Vaccination in the Punjab 1905-1918 - 1905-1918
Year: 1905
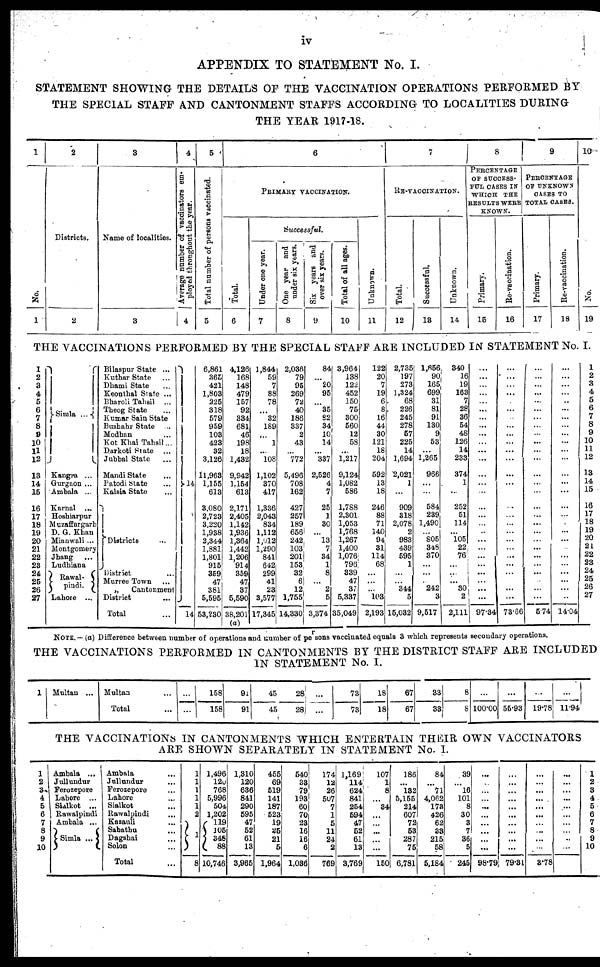
iv
APPENDIX TO STATEMENT No. I.
STATEMENT SHOWING THE DETAILS OF THE VACCINATION OPERATIONS PERFORMED BY
THE SPECIAL STAFF AND CANTONMENT STAFFS ACCORDING TO LOCALITIES DURING
THE YEAR 1917-18.
1
No.
1
2
Districts.
2
3
Name of localities.
3
4
Average number of vaccinators em-
ployed throughout the year.
4
5
Total number of persons vaccinated.
5
6
PRIMARY VACCINATION.
Total.
6
Successful.
Under one year.
7
One year and
under six years.
8
Six years and
over six years.
9
Total of all ages.
10
Unknown.
11
7
RE-VACCINATION.
Total.
12
Successful.
13
Unknown.
14
8
PERCENTAGE
OF SUCCESS-
FUL CASES IN
WHICH THE
RESULTS WERE
KNOWN.
Primary.
15
Re-vaccination.
16
9
PERCENTAGE
OF UNKNOWN
CASES TO
TOTAL CASES.
Primary.
17
Re-vaccination.
18
10
No.
19
THE VACCINATIONS PERFORMED BY THE SPECIAL STAFF ARE INCLUDED IN STATEMENT No. I.
1
2
3
4
5
6
7
8
9
10
11
12
13
14
15
16
17
18
19
20
21
22
23
24
25
26
27
Simla ...
Kangra ...
Gurgaon ...
Ambala ...
Karnal ...
Hoshiarpur
Muzaffargarh
D. G. Khan
Mianwali ...
Montgomery
Jhang ...
Ludhiana
Rawal-
pindi.
Lahore ...
Bilaspur State ...
Kuthar State ...
Dhami State ...
Keonthal State ...
Bharoli Tahsil ...
Theog State ...
Kumar Sain State
Bushahr State ...
Modhan ...
Kot Khai Tahsil...
Darkoti State ...
Jubbal State ...
Mandi State ...
Patodi State ...
Kalsia State ...
Districts ...
District ...
Murree Town ...
„
Cantonment
District
...
Total ...
14
14
6,861
365
421
1,803
225
318
579
959
103
423
32
3,126
11,963
1,155
613
3,080
2,723
3,220
1,938
2,344
1,881
1,801
915
359
47
381
5,595
53,230
4,126
168
148
479
157
92
334
681
46
198
18
1,432
9,942
1,154
613
2,171
2,405
1,142
1,936
1,364
1,442
1,206
914
359
47
37
5,590
38,201
(a)
1,844
59
7
88
78
...
32
189
...
1
... 108
1,102
370
417
1,336
2,043
834
1,112
1,012
1,290
841
642
299
41
23
3,577
17,345
2,036
79
95
269
72
40
186
337
2
43
...
772
5,496
708
162
427
257
189
656
242
103
201
153
32
6
12
1,755
14,330
84
...
20
95
...
35
82
34
10
14
...
337
2,526
4
7
25
1
30
...
13
7
34
1
8
...
2
5
3,374
3,964
138
122
452
150
75
300
560
12
58
...
1,217
9,124
1,082
586
1,788
2,301
1,053
1,768
1,267
1,400
1,076
796
339
47
37
5,337
35,049
122
20
7
19
6
8
16
44
30
121
18
204
592
13
18
246
88
71
140
94
31
114
68
...
...
...
103
2,193
2,735
197
273
1,324
68
226
245
278
57
225
14
1,694
2,021
1
...
909
318
2,078
2
983
439
595
1
...
...
344
5
15,032
1,856
90
165
699
31
81
91
130
9
53
...
1,265
966
...
...
584
239
1,490
...
805
348
370
...
...
...
242
3
9,517
340
16
19
163
7
28
36
54
48
126
14
233
374
1
...
252
51
114
...
105
22 76
...
...
... 30
2
2,111
...
...
...
...
...
...
...
...
...
...
...
...
...
...
...
...
...
...
...
...
...
...
...
...
...
...
...
97.34
...
...
...
...
...
...
...
...
...
...
...
...
...
...
...
...
...
...
...
...
...
...
...
...
...
...
...
73.66
...
...
...
...
...
...
...
...
...
...
...
...
...
...
...
...
...
...
...
...
...
...
...
...
...
...
...
5.74
...
...
...
...
...
...
...
...
...
...
...
...
...
...
...
...
...
...
...
...
...
...
...
...
...
...
...
14.04
1
2
3
4
5
6
7
8
9
10
11
12
13
14
15
16
17
18
19
20
21
22
23
24
25
26
27
NOTE.— (a) Difference between number of operations and number of persons vaccinated equals 3 which represents secondary operations.
THE VACCINATIONS PERFORMED IN CANTONMENTS BY THE DISTRICT STAFF ARE INCLUDED
IN STATEMENT No. I.
1 Multan ... Multan ...
Total ...
...
...
158
158
91
91
45
45
28
28
...
...
73
73
18
18
67
67
33
33
8
8
...
100.00
...
55.93
...
19.78
...
11.94
THE VACCINATIONS IN CANTONMENTS WHICH ENTERTAIN THEIR OWN VACCINATORS
ARE SHOWN SEPARATELY IN STATEMENT No. I.
1
2
3
4
5
6
7
8
9
10
Ambala ...
Jullundur
Ferozepore
Lahore ...
Sialkot ...
Rawalpindi
Ambala ...
Simla ...
Ambala ...
Jullundur ...
Ferozepore
Lahore ...
Sialkot ...
Rawalpindi ...
Kasauli ...
Sabathu ...
Dagshai ...
Solon ...
Total ...
1
1
1
1
1
2
1
8
1,496
120
768
5,996
504
1,202
119
105
348
88
10,746
1,310
120
636
841
290
595
47
52
61
13
3,965
455
69
519
141
187
523
19
25
21
5
1,964
540
33
79
193
60
70
23
16
16
6
1,036
174
12
26
507
7
1
5
11
24
2
769
1,169
114
624
841
254
594
47
52
61
13
3,769
107
1
8
...
34
...
...
...
...
...
150
186
...
132
5,155
214
607
72
53
287
75
6,781
84
...
71
4,062
173
426
62
33
215
58
5,184
39
...
16
101
8
30
3
7
36
5
245
...
...
...
...
...
...
...
...
...
...
98.79
...
...
...
...
...
...
...
...
...
...
79.31
...
...
...
...
...
...
...
...
...
...
3.78
...
...
...
...
...
...
...
...
...
...
1
2
3
4
5
6
7
8
9
10